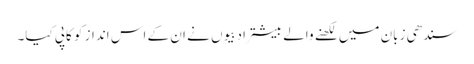
سندھی زبان میں لکھنے والے بیشتر ادبیوں نے ان کے اس انداز کو کاپی کیا۔